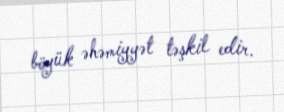
böyük əhəmiyyət təşkil edir.